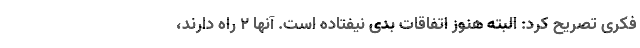
فکری تصریح کرد: البته هنوز اتفاقات بدی نیفتاده است. آنها 2 راه دارند،